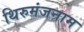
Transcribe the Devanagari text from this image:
थिरुमंजनाम